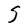
Character: S